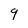
Character: 9